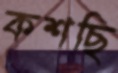
কশছি